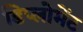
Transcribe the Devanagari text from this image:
डिप्लोमेंट